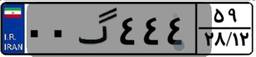
۹۹گ۷۱۷۵۱